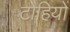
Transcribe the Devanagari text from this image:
टोहियों